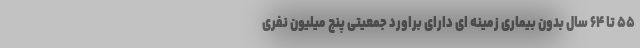
۵۵ تا ۶۴ سال بدون بیماری زمینه ای دارای براورد جمعیتی پنج میلیون نفری